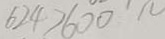
6 2 4 > 6 0 0